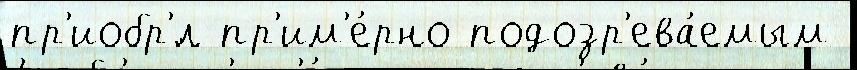
пр'иобр'́л пр'им'е́рно подозр'ева́емым